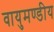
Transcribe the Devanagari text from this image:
वायुमण्डीय